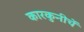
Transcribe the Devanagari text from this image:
कारकुनीचें